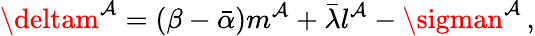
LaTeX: \deltam^{\mathcal{A}}=(\beta-{\bar{{\alpha}}})m^{\mathcal{A}}+{\bar{{\lambda}}}l^{\mathcal{A}}-\sigman^{\mathcal{A}}\, ,